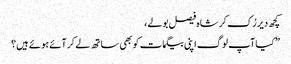
کچھ دیر رُک کر شاہ فیصل بولے،
” کیا آپ لوگ اپنی بیگمات کو بھی ساتھ لے کر آئے ہوئے ہیں؟